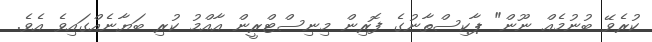
ކުރެވޭ ބުނުމެއް ނޫން" ޕާކިސްތާނުގެ ފޮރިން މިނިސްޓްރީން އާއްމު ކުރި ބަޔާނެއްގައިވެ އެވެ.